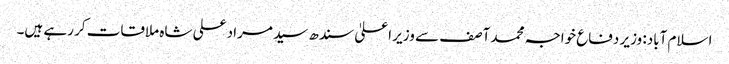
اسلام آباد: وزیر دفاع خواجہ محمد آصف سے وزیر اعلیٰ سندھ سید مراد علی شاہ ملاقات کر رہے ہیں۔